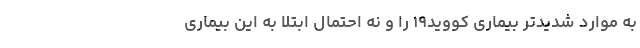
به موارد شدیدتر بیماری کووید۱۹ را و نه احتمال ابتلا به این بیماری